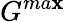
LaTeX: G^{ma\mathbf{x}}